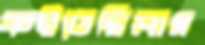
কইতেছিলাম